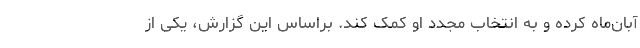
آبان‌ماه کرده و به انتخاب مجدد او کمک کند. براساس این گزارش، یکی از